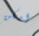
امكن